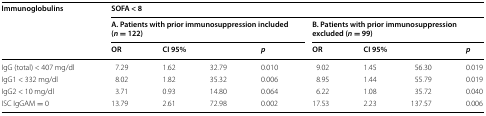
| <ROWSPAN=3> Immunoglobulins | <COLSPAN=8> SOFA < 8 |
 | <COLSPAN=4> A. Patients with prior immunosuppression included (n = 122) | <COLSPAN=4> B. Patients with prior immunosuppression excluded (n = 99) |
 | OR | <COLSPAN=2> CI 95% | p | OR | <COLSPAN=2> CI 95% | p |
 | --- | --- | --- | --- | --- | --- | --- | --- | --- |
 | IgG (total) < 407 mg/dl | 7.29 | 1.62 | 32.79 | 0.010 | 9.02 | 1.45 | 56.30 | 0.019 |
 | IgG1 < 332 mg/dl | 8.02 | 1.82 | 35.32 | 0.006 | 8.95 | 1.44 | 55.79 | 0.019 |
 | IgG2 < 10 mg/dl | 3.71 | 0.93 | 14.80 | 0.064 | 6.22 | 1.08 | 35.72 | 0.040 |
 | ISC IgGAM = 0 | 13.79 | 2.61 | 72.98 | 0.002 | 17.53 | 2.23 | 137.57 | 0.006 |